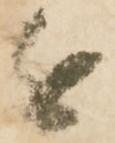
近